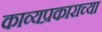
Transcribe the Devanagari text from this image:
काव्यप्रकाराच्या